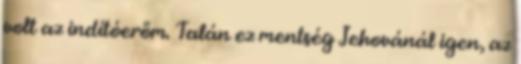
volt az indítóerőm. Talán ez mentség Jehovánál igen, az